Indian journal of veterinary science and animal husbandry - Volume 11,
Year: 1941
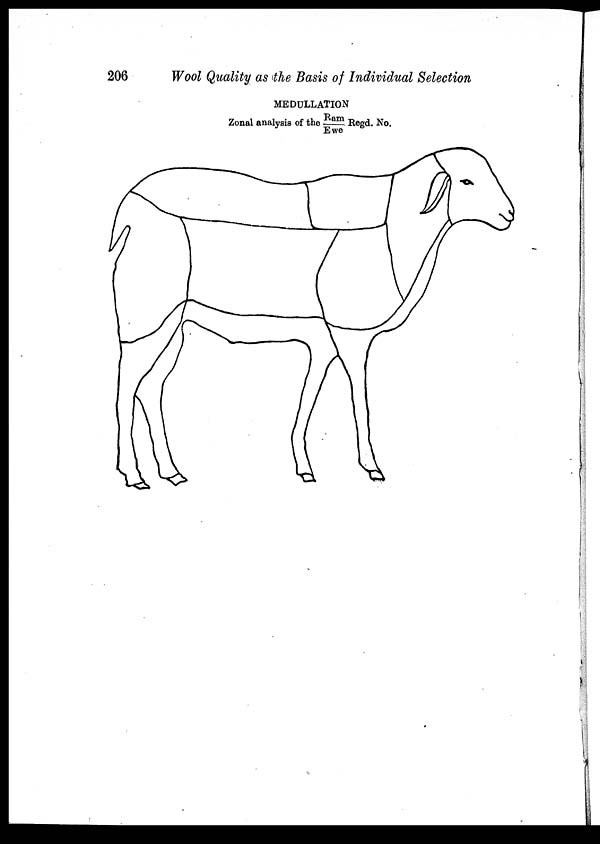
206
Wool Quality as the Basis of Individual Selection
MEDULLATION
Zonal analysis of the Ram/Ewe Regd. No.